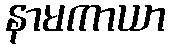
နာမကာယာ